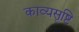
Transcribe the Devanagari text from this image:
काव्यसृष्टि